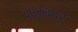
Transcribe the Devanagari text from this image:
शाहबंदर